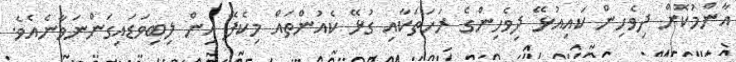
އާންމުކޮށް ދިވެހިން ކައިއުޅޭ ދިވެހިންގެ ރަހަތަކާއި ގުޅޭ ކެއުންތައް މިކެފޭ އިން ލިބިވަޑައިގަންނަވާނެއެވެ.